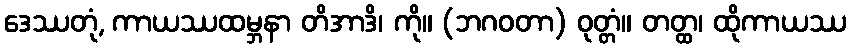
ဒေဿတုံ, ကာယဿထမ္ဘနာ တိအာဒိ၊ ကို။ (ဘဂဝတာ) ဝုတ္တံ။ တတ္ထ၊ ထိုကာယဿ